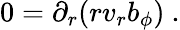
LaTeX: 0=\partial_{r}(rv_{r}b_{\phi})\ .